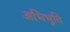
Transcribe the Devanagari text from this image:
अभिभूति